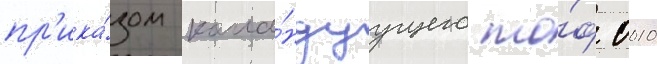
пр'ика́зом кома́ндуущего то́ф 0010